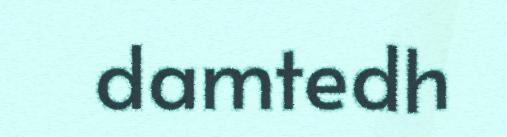
damtedh